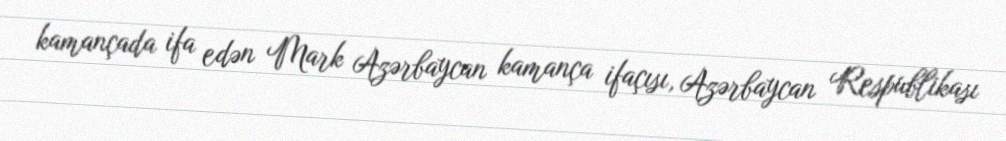
kamançada ifa edən Mark Azərbaycan kamança ifaçısı, Azərbaycan Respublikası